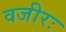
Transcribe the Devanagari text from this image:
वजीरः